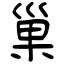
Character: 巢